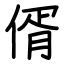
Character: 偦